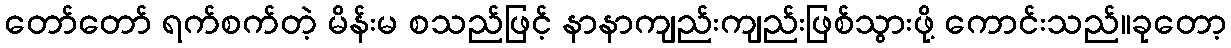
တော်တော် ရက်စက်တဲ့ မိန်းမ စသည်ဖြင့် နာနာကျည်းကျည်းဖြစ်သွားဖို့ ကောင်းသည်။ခုတော့